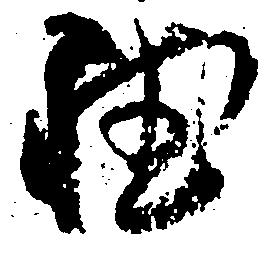
徳